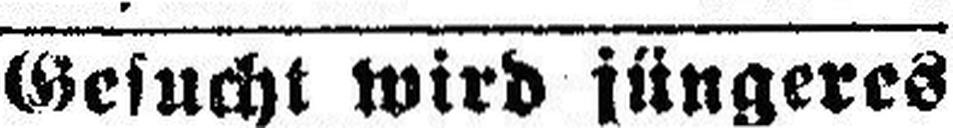
Gesucht wird jüngeres